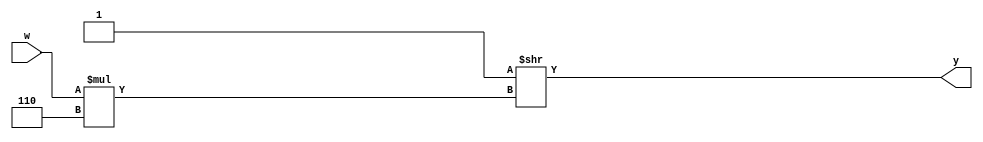
module peepopt_shiftmul_1 (output [7:0] y, input [2:0] w);
assign y = 1'b1 >> (w * (3'b110));
endmodule